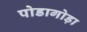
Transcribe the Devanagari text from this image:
पोडागोड़ा